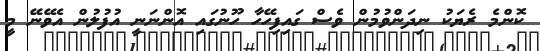
ކޮންމެ ރެޔަކު ނިދަންވުމުން ވެސް ގައިފިހޭހާ ހޫނުގައި އޮންނަނީ އުފުލުން އެވޭނޭ މީ